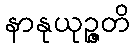
နာနုယုဉ္ဇတိ